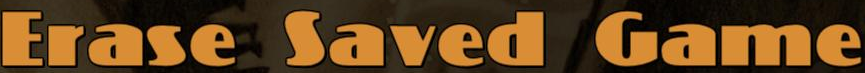
Erase Saved Game